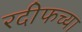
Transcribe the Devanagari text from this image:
रदीफच्या